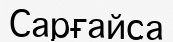
Сарғайса